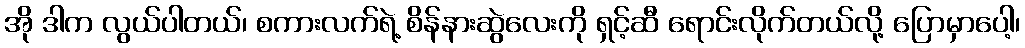
အို ဒါက လွယ်ပါတယ်၊ စကားလက်ရဲ့ စိန်နားဆွဲလေးကို ရှင့်ဆီ ရောင်းလိုက်တယ်လို့ ပြောမှာပေါ့၊